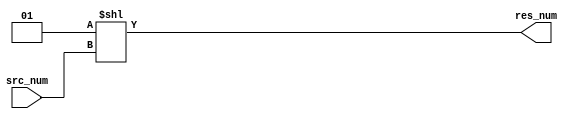
module hot_one(
    input [2:0]src_num,

    output [7:0]res_num
);

assign res_num = 1 << src_num;

endmodule